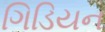
ગિડિયન